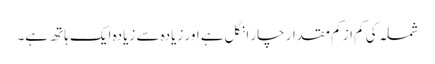
شملہ کی کم از کم مقدار چار انگل ہے اور زیادہ سے زیادہ ایک ہاتھ ہے۔